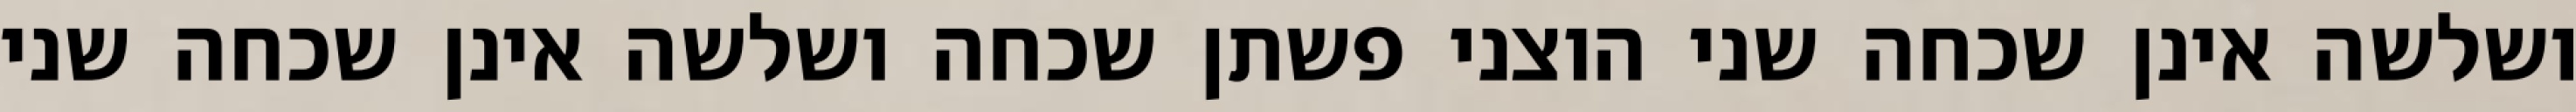
ושלשה אינן שכחה שני הוצני פשתן שכחה ושלשה אינן שכחה שני